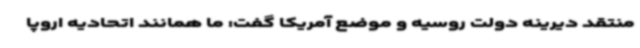
منتقد دیرینه دولت روسیه و موضع آمریکا گفت: ما همانند اتحادیه اروپا